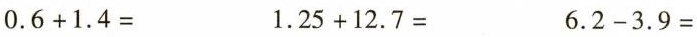
$$0.6+1.4=$$ $$1.25+12.7=$$ $$6.2-3.9=$$